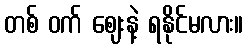
တစ် ဝက် ဈေးနဲ့ ရနိုင်မလား။